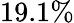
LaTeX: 19.1\%